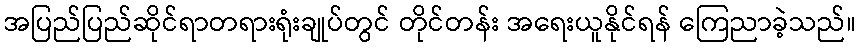
အပြည်ပြည်ဆိုင်ရာတရားရုံးချုပ်တွင် တိုင်တန်း အရေးယူနိုင်ရန် ကြေညာခဲ့သည်။